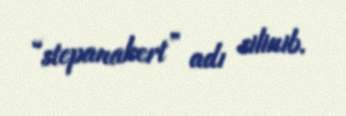
“stepanakert” adı silinib.